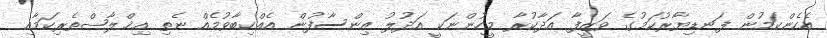
އެހެންކަމުން ފަނޑިޔާރުކަމުގެ ވަޒީފާ އަދާކުރާ މީހުންނަކީ އަދުލު އިންސާފުން އެއްކިބާވުމެއް ނެތި އިޚްލާޞްތެރިކަމާއި